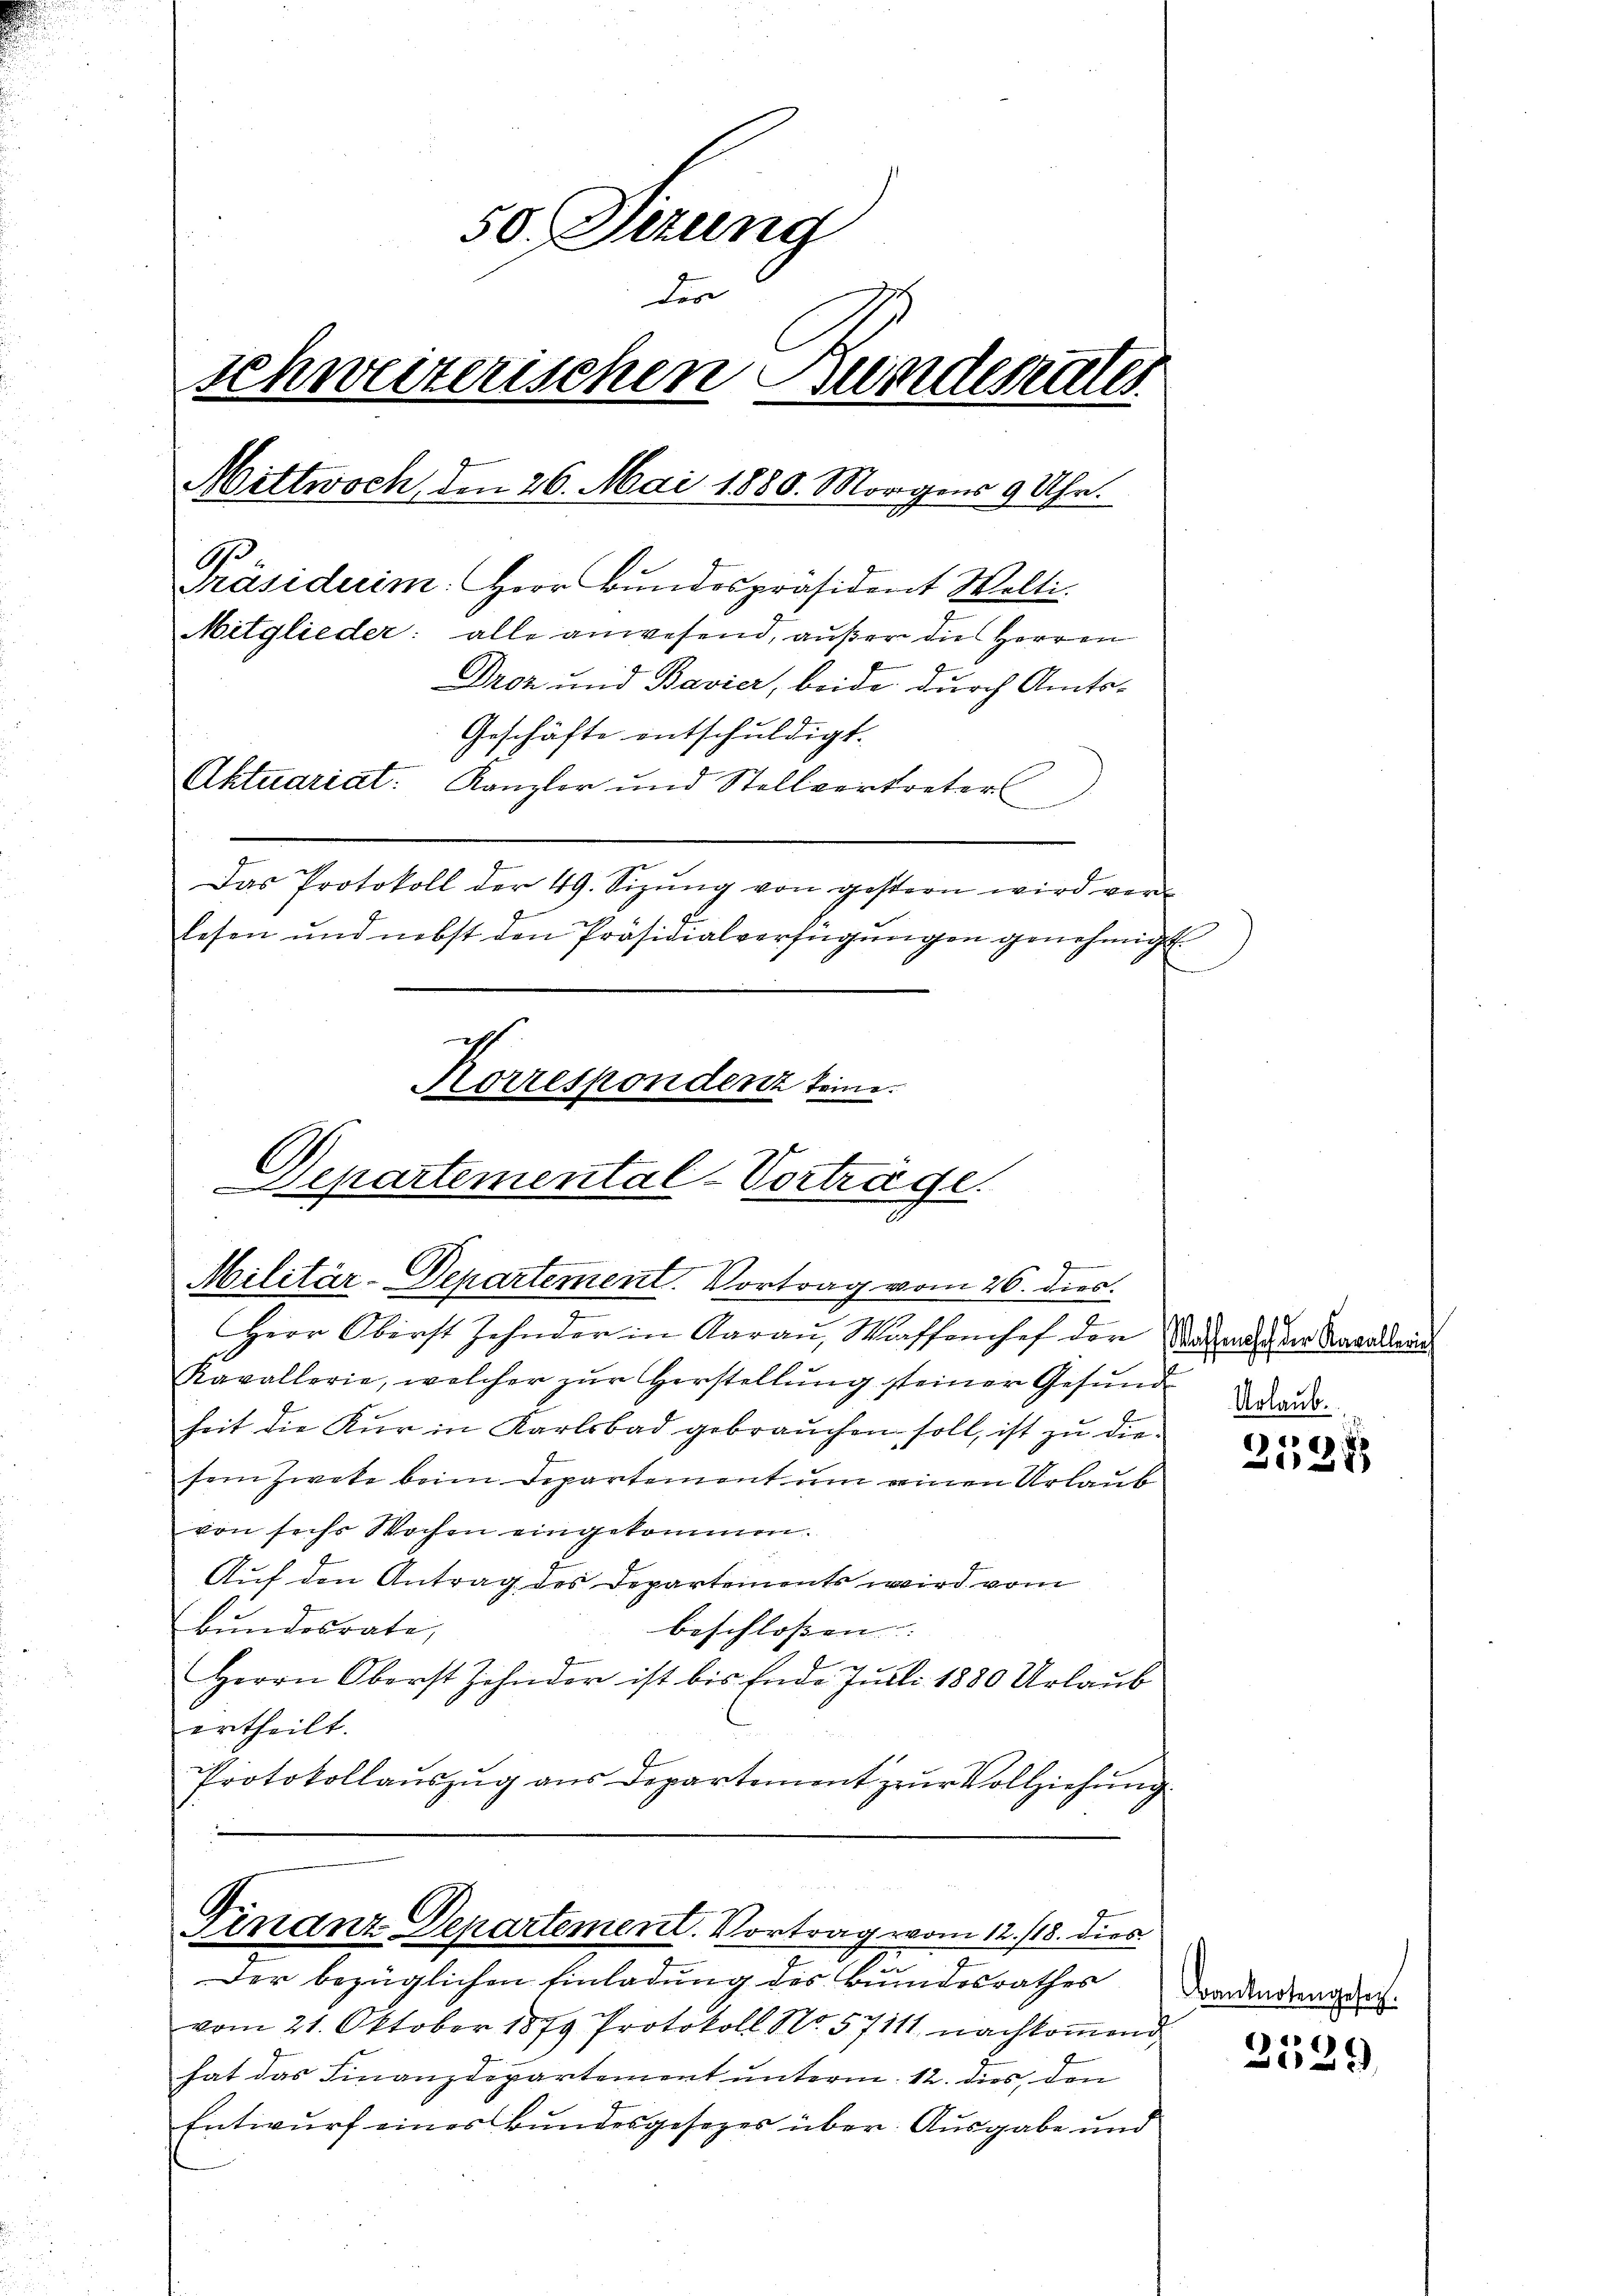
50. Dezung
der
schweizerischen Bundesrates
Mittwoch, den 26. Mai 1880. Morgens 9 Uhr.
.
Präsiderim: Herr Bundespräsident Welti.
Mitglieder: alle anwesend, außer die Herren
Droz und Bavier, beide durch Amts-
Geschäfte entschuldigt.
Aktuariat. Kanzler und Stellvertreters
Das Protokoll der 49. Sizŭng von gestern wird ver-
lesen und nebst den Präsidialverfügungen genehmigt.
sch

Korrespondenz keine.
Departemental-Vorträge.
Militär-Departement. Vortrag vom 26. dies

Herr Oberst Zehnder in Aarau, Waffenhef der Statuts der Kavallein
Kavallerie, welcher zur Herstellung steiner Gesund
heit die Kur in Karlsbad gebrauchen soll, ist zu die
sein Zweke beim Departement um einen Urlaub
von sechs Wochen eingekommen.
Auf den Antrag des Departements wird vom
Bundesrate,
beschlossen:
Herrn Oberst Zehnder ist bis Ende Juli 1880 Urlaub
ertheilt.
Protokollauszug aus Departement zur Vollziehung

—

Finanz-Departement. Vortrag vom 12./18. dies

Urlaub.

Der bezüglichen Einladung des Bundesrathes
vom 21. Oktober 1879 Protokoll No. 57111 nachkoṁend
hat das Finanzdepartement unterm 12. dies, den
Entwurf eines Bundesgesezes über Ausgabe und

3128

Banknotengesetz.

2529.